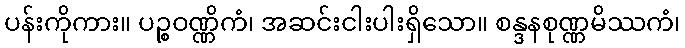
ပန်းကိုကား။ ပဉ္စဝဏ္ဏိကံ၊ အဆင်းငါးပါးရှိသော။ စန္ဒနစုဏ္ဏမိဿကံ၊